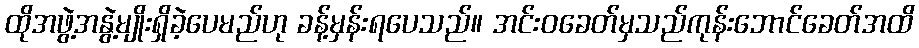
ထိုအဖွဲ့အနွဲ့မျိုးရှိခဲ့ပေမည်ဟု ခန့်မှန်းရပေသည်။ အင်းဝခေတ်မှသည်ကုန်းဘောင်ခေတ်အထိ